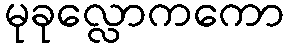
မုခုလ္လောကကော